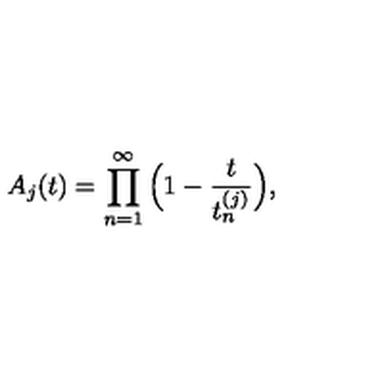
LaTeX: A _ { j } ( t ) = \prod _ { n = 1 } ^ { \infty } \Big ( 1 - \frac { t } { t _ { n } ^ { ( j ) } } \Big ) ,